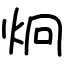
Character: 炯